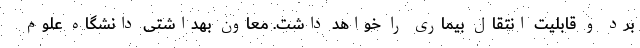
برد و قابلیت انتقال بیماری را خواهد داشت. معاون بهداشتی دانشگاه علوم